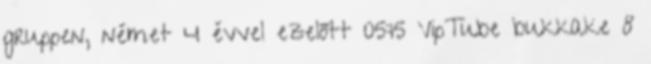
gruppen, német 4 évvel ezelőtt 05:15 VipTube bukkake 8